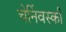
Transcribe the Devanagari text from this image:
चेर्निवस्की